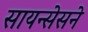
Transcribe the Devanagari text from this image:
सायन्सेसने